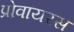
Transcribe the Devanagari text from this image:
प्रोवायरस